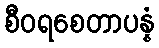
စီဝရစေတာပန္နံ